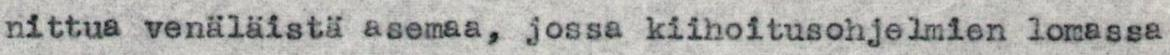
nittua venäläistä asemaa, jossa kiihoitusohjelmien lomassa